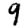
Digit: 9